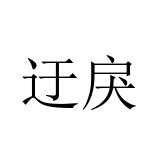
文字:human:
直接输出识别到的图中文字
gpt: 迂戾